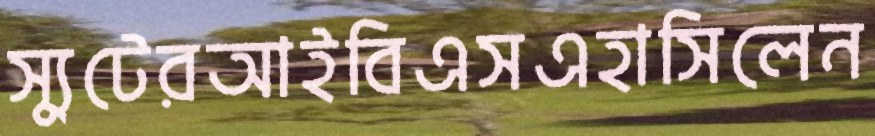
স্যুটেরআইবিএসএহাসিলেন